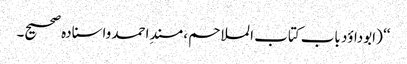
‘‘ (ابوداؤد باب کتاب الملاحم ، مسندِ احمد واسنادہ صحیح۔